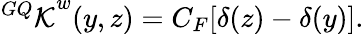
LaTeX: {^{GQ}\cal K}^{w}(y,z)=C_{F}[\delta(z)-\delta(y)].